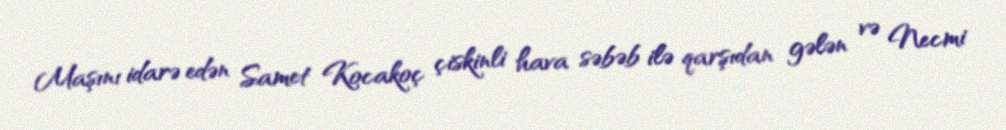
Maşını idarə edən Samet Kocakoç çiskinli hava səbəb ilə qarşıdan gələn və Necmi